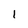
Character: 1